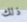
ذلك